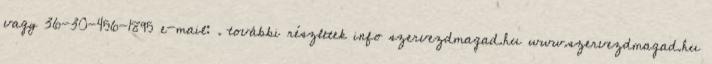
vagy 36-30-456-1895 e-mail: . további részletek info szervezdmagad.hu www.szervezdmagad.hu